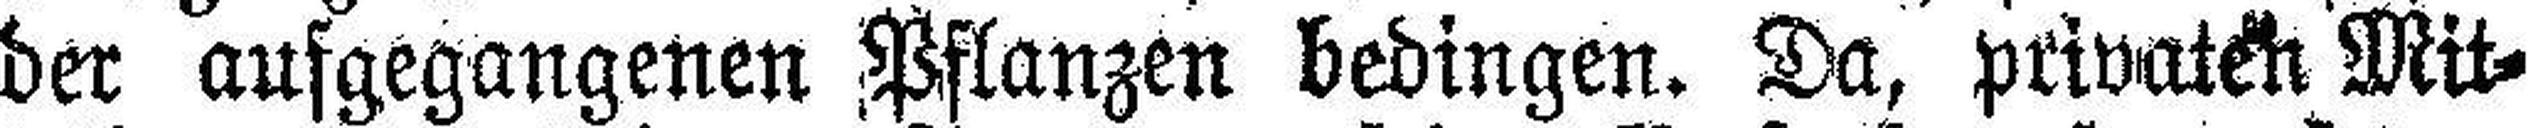
der aufgegangenen Pflanzen bedingen. Da, privaten Mit¬